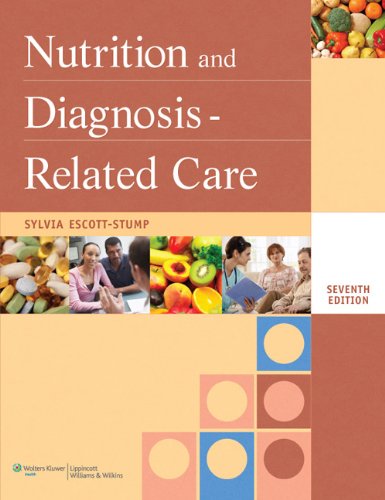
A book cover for Nutrition and Diagnosis-Related Care (Nutrition and Diagnosis-Related Care ( Escott-Stump)); Sylvia Escott-Stump MA  RD  LDN; Medical Books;